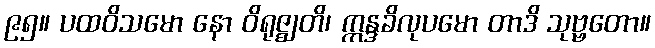
၉၅။ ပထဝိသမော နော ဝိရုဇ္ဈတိ၊ ဣန္ဒခိလုပမော တာဒိ သုဗ္ဗတော။